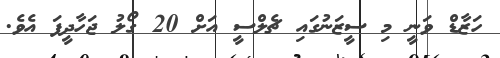
ހަޒާޑް ވަނީ މި ސީޒަނުގައި ޗެލްސީ އަށް 20 ގޯލު ޖަހާދީފަ އެވެ.